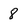
Character: 8